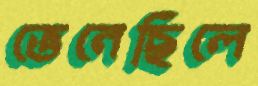
ভেনেছিলে